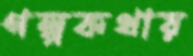
গল্পকথায়